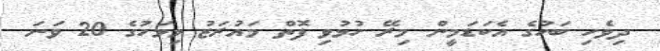
ދިވެހި ބަހުގެ އެކަޑަމީން މިރޭ ހުޅުވި ފޮތް މައުރަޒު މިމަހުގެ 20 ވަނަ